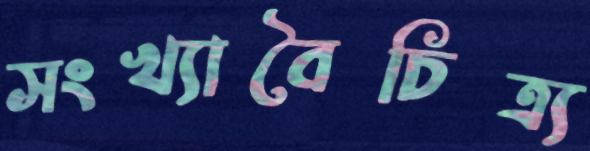
সংখ্যাবৈচিত্র্য